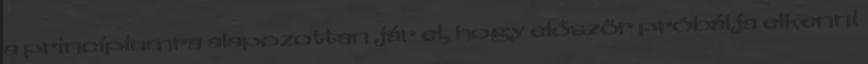
a princípiumra alapozottan jár el, hogy először próbálja elkenni